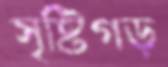
সৃষ্টিগড়